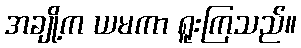
အချို့က ယမကာ ရူးကြသည်။